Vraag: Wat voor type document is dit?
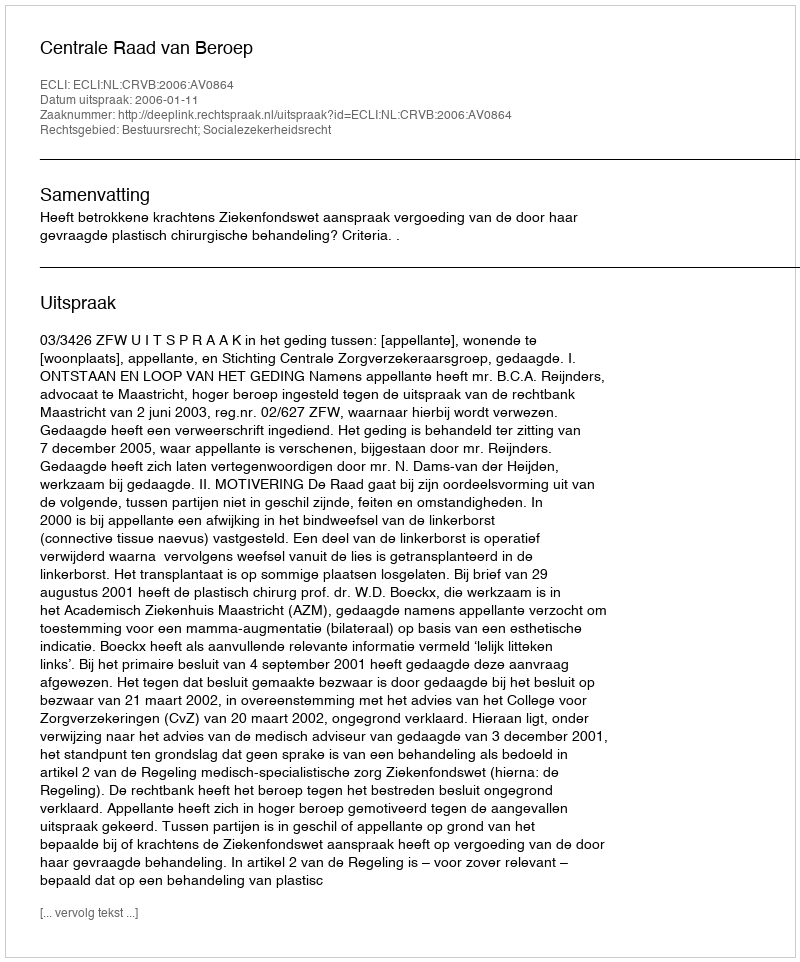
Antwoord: Uitspraak